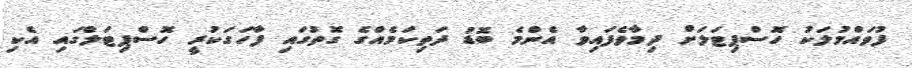
ފުވައްމުލަކު ހޮސްޕިޓަލަށް ދިމާވެފައިވާ އެންމެ ބޮޑު ދަތިކަމެއްގެ ގޮތުގައި ފާހަގަކުރީ ހޮސްޕިޓަލްގައި އެކި